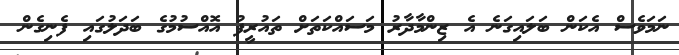
ނަމަވެސް އެކަން ބަލައިގަނެ އެ ޒިންމާދާރު މަސައްކަތަށް ތައުރީފު އޮއްސުމުގެ ބަދަލުގައި ފެނިގެން